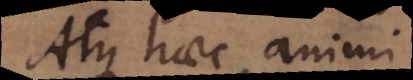
Atque haec animi